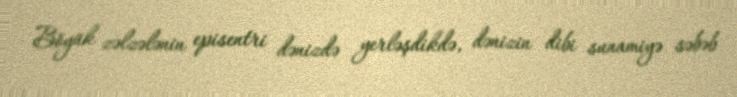
Böyük zəlzələnin episentri dənizdə yerləşdikdə, dənizin dibi sunamiyə səbəb